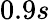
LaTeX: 0.9s